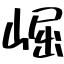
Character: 崛